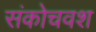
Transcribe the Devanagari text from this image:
संकोचवश